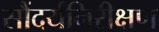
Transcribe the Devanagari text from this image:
सौंदर्यनिरीक्षण